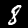
Label: 8